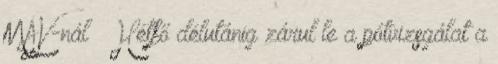
MÁV-nál ¤ Hétfő délutánig zárul le a pótvizsgálat a